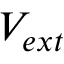
V _ { e x t }